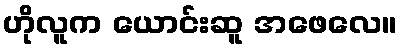
ဟိုလူက ယောင်းဆူ အဖေလေ။